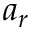
a _ { r }